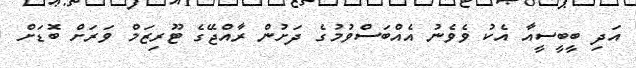
އަދި ބީބީސީއާ އެކު ވެވެނު އެއްބަސްވުމުގެ ދަށުން ރާއްޖޭގެ ޓޫރިޒަމް ވަރަށް ބޮޑަށް